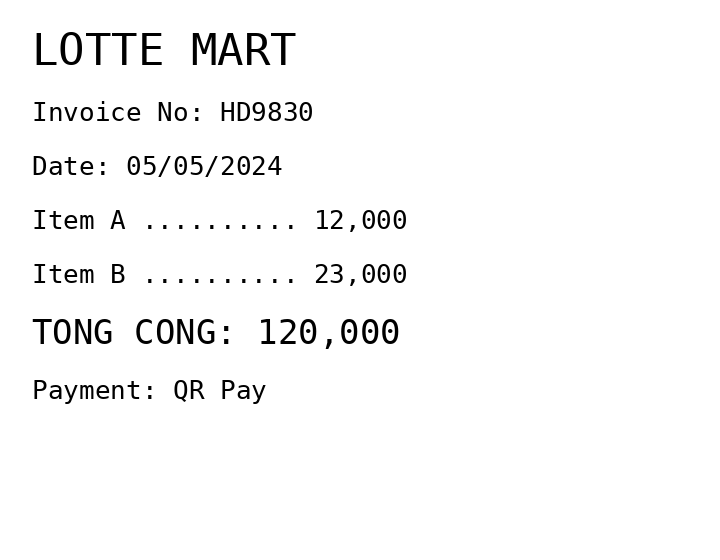
LOTTE MART
Invoice No: HD9830
Date: 05/05/2024
Item A .......... 12,000
Item B .......... 23,000
TONG CONG: 120,000
Payment: QR Pay
Merchant: lotte mart
Date: 2024-05-05
Total: 120000
Invoice No: HD9830
Payment method: QR